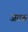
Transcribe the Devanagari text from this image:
जतरू